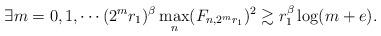
LaTeX: \begin{align*}\exists m=0,1,\cdots(2^mr_1)^\beta\max_{n}(F_{n,2^mr_1})^2\gtrsim r_1^\beta\log(m+e).\end{align*}